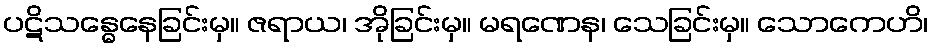
ပဋိသန္ဓေနေခြင်းမှ။ ဇရာယ၊ အိုခြင်းမှ။ မရဏေန၊ သေခြင်းမှ။ သောကေဟိ၊